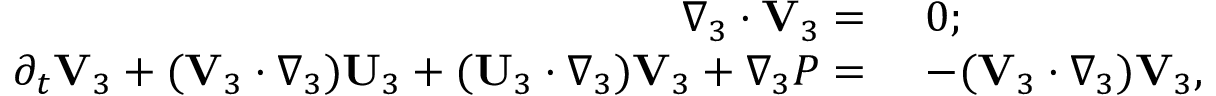
\begin{array} { r l } { \nabla _ { 3 } \cdot \mathbf { V } _ { 3 } = ~ } & { 0 ; } \\ { \partial _ { t } \mathbf { V } _ { 3 } + ( \mathbf { V } _ { 3 } \cdot \nabla _ { 3 } ) \mathbf { U } _ { 3 } + ( \mathbf { U } _ { 3 } \cdot \nabla _ { 3 } ) \mathbf { V } _ { 3 } + \nabla _ { 3 } P = ~ } & { - ( \mathbf { V } _ { 3 } \cdot \nabla _ { 3 } ) \mathbf { V } _ { 3 } , } \end{array}